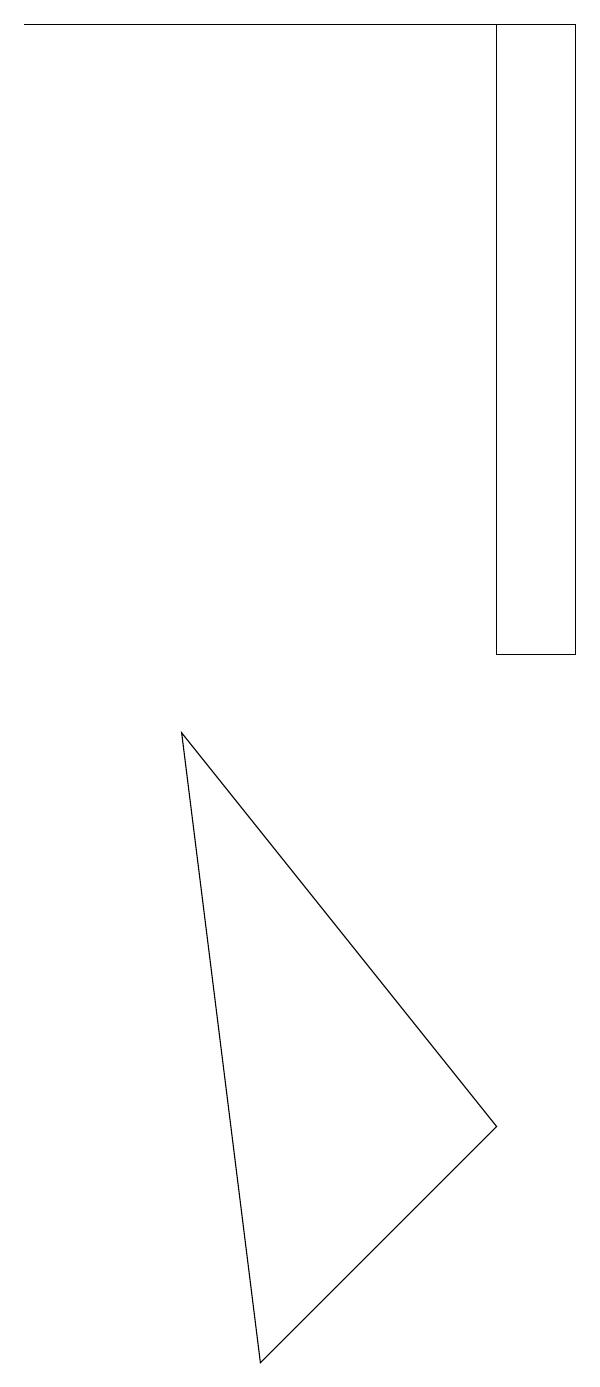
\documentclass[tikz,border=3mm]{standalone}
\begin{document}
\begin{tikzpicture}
\draw (7,4) -- (4,1) -- (3,9) -- cycle;
\draw (7,10) rectangle (8,18);
\draw (1,18) rectangle (7,18);
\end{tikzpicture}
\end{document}